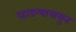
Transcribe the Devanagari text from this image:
रहाडग्यापासून